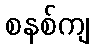
စနစ်ကျ